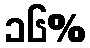
၁၆%